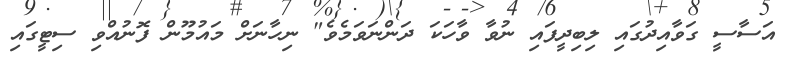
އަސާސީ ގަވާއިދުގައި ލިބިދީފައި ނުވާ ވާހަކަ ދަންނަވަމެވެ" ނިހާނަށް މައުމޫން ފޮނުއްވި ސިޓީގައި